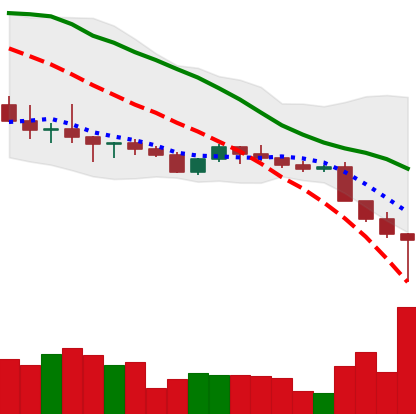
Ticker: ADA-USD
Chart end date: 2022-10-13
Forward return: -4.189%
Label: down_3_5